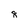
Character: 8